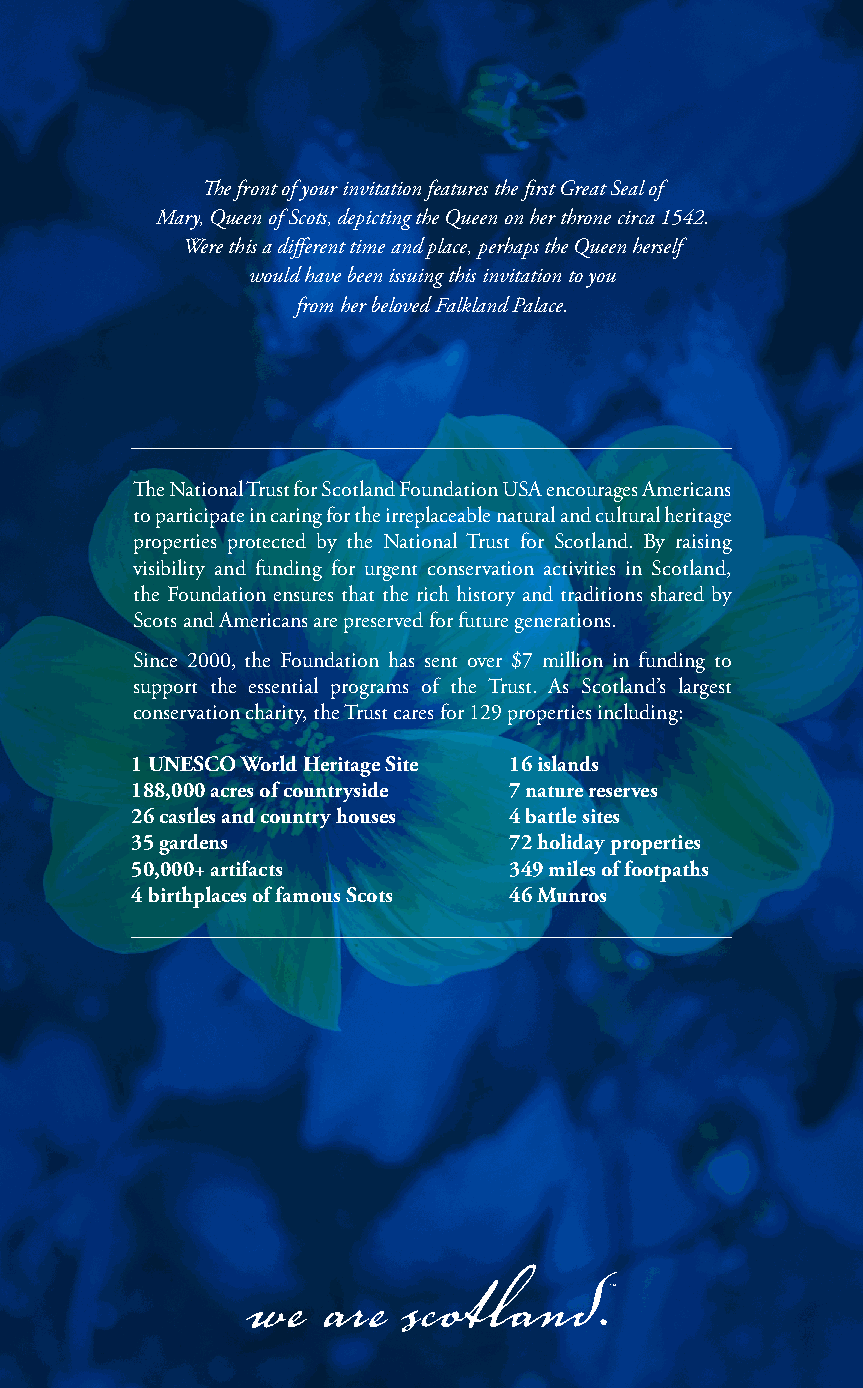
The front of your invitation features the first Great Seal of
 Mary, Queen of Scots, depicting the Queen on her throne circa 1542.
 Were this a different time and place, perhaps the Queen herself
 would have been issuing this invitation to you
 from her beloved Falkland Palace.
 The National Trust for Scotland Foundation USA encourages Americans
 to participate in caring for the irreplaceable natural and cultural heritage
 properties protected by the National Trust for Scotland. By raising
 visibility and funding for urgent conservation activities in Scotland,
 the Foundation ensures that the rich history and traditions shared by
 Scots and Americans are preserved for future generations.
 Since 2000, the Foundation has sent over $7 million in funding to
 support the essential programs of the Trust. As Scotland’s largest
 conservation charity, the Trust cares for 129 properties including:
 1 UNESCO World Heritage Site 16 islands
 188,000 acres of countryside 7 nature reserves
 26 castles and country houses 4 battle sites
 35 gardens               72 holiday properties
 50,000+ artifacts        349 miles of footpaths
 4 birthplaces of famous Scots 46 Munros